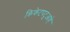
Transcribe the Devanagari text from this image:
क्रिकेटपटूआहे